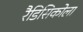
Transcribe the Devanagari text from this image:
रैडिसिकोला